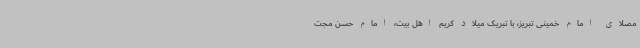
مصلای امام خمینی تبریز، با تبریک میلاد کریم اهل بیت، امام حسن مجت